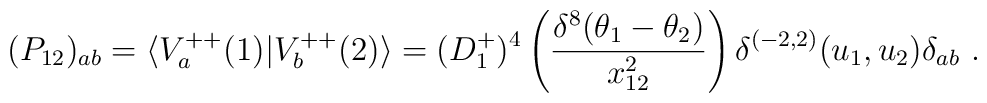
(P_{12})_{ab} = \langle V^{++}_a(1)\vert V^{++}_b(2)\rangle =  (D^+_1)^4\left({\delta^8(\theta_1-\theta_2)\over x^2_{12}} \right)   \delta^{(-2,2)}(u_1,u_2)\delta_{ab} \ .